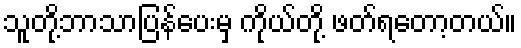
သူတို့ဘာသာပြန်ပေးမှ ကိုယ်တို့ ဖတ်ရတော့တယ်။